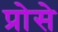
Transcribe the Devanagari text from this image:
प्रोसे